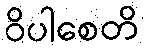
ဝိပါစေတိ